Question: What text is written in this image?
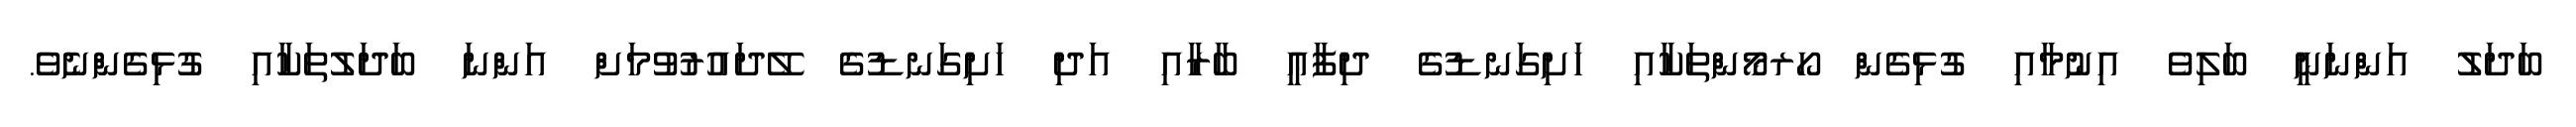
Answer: ބަދަލު އަންނަނީ ބަލިވެ އިނުމާއި ގުޅިގެން ހޯރމޯންތަކާއި ހަށިގަނޑުގެ ދިފާޢީ ބާރާއި އަދި ހަށިގަނޑުގެ ލޭދައުރުވުމަށް އަންނަ ބަދަލުތަކާއި ގުޅިގެންނެވެ.